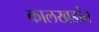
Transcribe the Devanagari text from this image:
कालखडांत